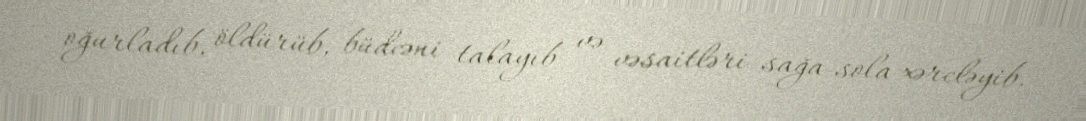
oğurladıb, öldürüb, büdcəni talayıb və vəsaitləri sağa-sola xərcləyib.